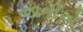
જાનીએ